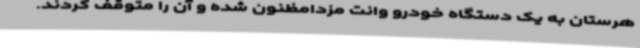
هرستان به یک دستگاه خودرو وانت مزدامظنون شده و آن را متوقف کردند.